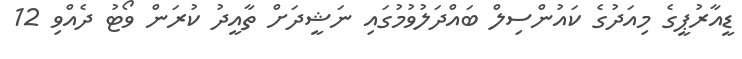
ޑީއާރުޕީގެ މިއަދުގެ ކައުންސިލް ބައްދަލުވުމުގައި ނަޝީދަށް ތާއީދު ކުރަން ވޯޓު ދެއްވި 12